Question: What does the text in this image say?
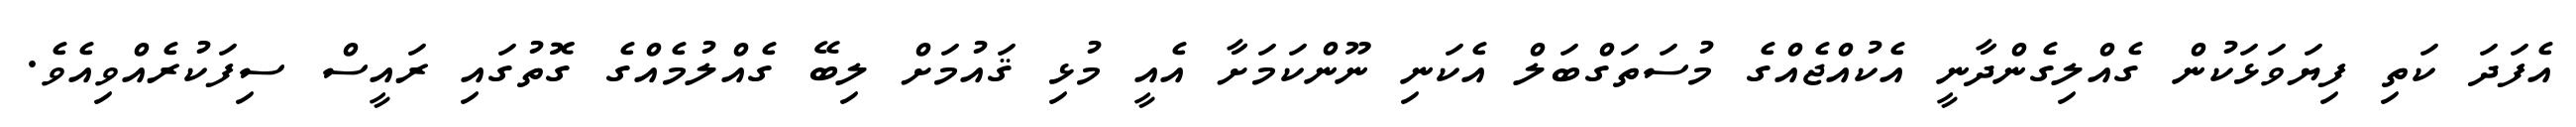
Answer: އެފަދަ ކަތި ފިޔަވަޅަކުން ގެއްލިގެންދާނީ އެކުއްޖެއްގެ މުސަތަގްބަލް އެކަނި ނޫންކަމަށާ އެއީ މުޅި ޤައުމަށް ލިބޭ ގެއްލުމެއްގެ ގޮތުގައި ރައީސް ސިފަކުރެއްވިއެވެ.